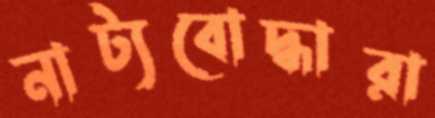
নাট্যবোদ্ধারা